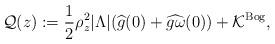
LaTeX: \begin{align*}\mathcal Q(z):= \frac{1}{2} \rho_{z}^2 \vert\Lambda\vert (\widehat g(0) + \widehat{ g\omega}(0)) + \mathcal{K}^{\rm{Bog}}, \end{align*}